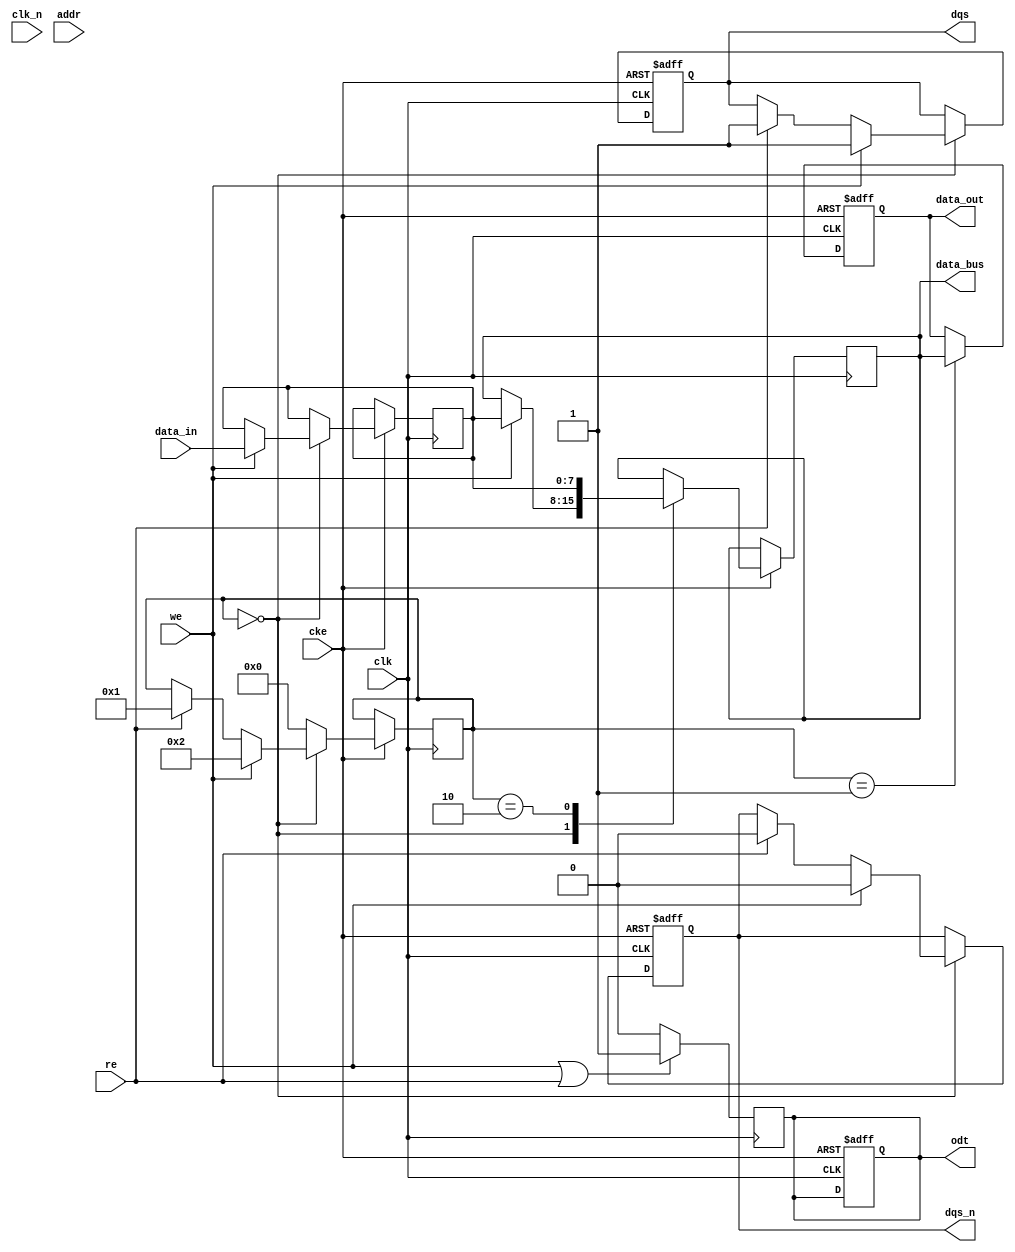
module gddr5_io_block (
    input wire clk,          // System clock
    input wire clk_n,        // Inverted clock
    input wire cke,          // Clock enable
    input wire [7:0] data_in, // Data input from memory controller
    output reg [7:0] data_out, // Data output to memory controller
    input wire [15:0] addr,   // Address input
    input wire we,            // Write enable
    input wire re,            // Read enable
    output reg dqs,          // Data strobe
    output reg dqs_n,        // Inverted data strobe
    output reg odt,          // On-die termination
    output reg [7:0] data_bus // Bi-directional data bus
);

    // Internal signals
    reg [7:0] data_buffer; // Buffer for data
    reg [3:0] state;       // State machine for timing control

    // State definitions
    localparam IDLE = 4'b0000,
               READ = 4'b0001,
               WRITE = 4'b0010;

    // Clocking and data handling
    always @(posedge clk or negedge cke) begin
        if (!cke) begin
            // Power down logic
            data_out <= 8'b0;
            dqs <= 1'b0;
            dqs_n <= 1'b1;
            odt <= 1'b0;
        end else begin
            case (state)
                IDLE: begin
                    if (we) begin
                        // Write operation
                        data_buffer <= data_in;
                        data_bus <= data_buffer;
                        dqs <= 1'b1; // Assert DQS
                        dqs_n <= 1'b0; // Assert DQS#
                        state <= WRITE;
                    end else if (re) begin
                        // Read operation
                        dqs <= 1'b1; // Assert DQS
                        dqs_n <= 1'b0; // Assert DQS#
                        state <= READ;
                    end
                end

                WRITE: begin
                    // Write data to memory
                    data_bus <= data_buffer;
                    // Transition to IDLE after write
                    state <= IDLE;
                end

                READ: begin
                    // Read data from memory
                    data_out <= data_bus; // Sample data
                    // Transition to IDLE after read
                    state <= IDLE;
                end

                default: state <= IDLE;
            endcase
        end
    end

    // On-die termination control
    always @(posedge clk) begin
        if (we || re) begin
            odt <= 1'b1; // Enable ODT during read/write
        end else begin
            odt <= 1'b0; // Disable ODT when idle
        end
    end

endmodule